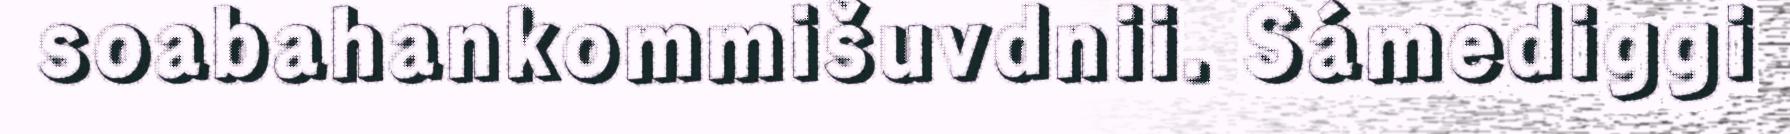
soabahankommišuvdnii. Sámediggi